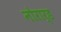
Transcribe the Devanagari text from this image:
नोरार्ड